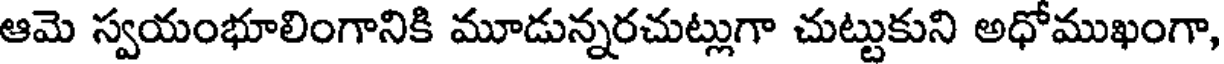
ఆమె స్వయంభూలింగానికి మూడున్నరచుట్లుగా చుట్టుకుని అధోముఖంగా,